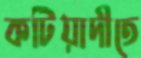
কটিয়াদীতে